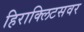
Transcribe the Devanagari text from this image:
हिराक्लिटसवर